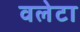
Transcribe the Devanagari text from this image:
वलेटा